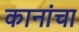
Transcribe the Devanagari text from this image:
कानांचा